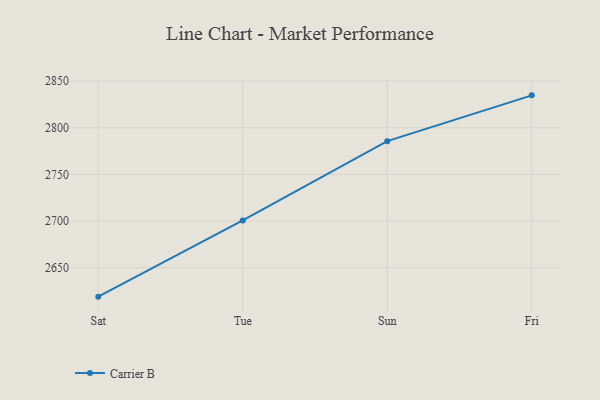
{"axis": {"x": "Day", "y": "Bounce Rate (%)"}, "legend": ["Carrier B"], "data": [{"x": "Sat", "y": 2618.9, "type": "Carrier B"}, {"x": "Tue", "y": 2700.6, "type": "Carrier B"}, {"x": "Sun", "y": 2785.6, "type": "Carrier B"}, {"x": "Fri", "y": 2834.7, "type": "Carrier B"}]}